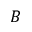
B